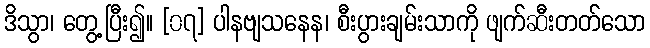
ဒိသွာ၊ တွေ့ပြီး၍။ [၀၇] ပါနဗျသနေန၊ စီးပွားချမ်းသာကို ဖျက်ဆီးတတ်သော